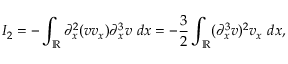
I _ { 2 } = - \int _ { \mathbb R } \partial _ { x } ^ { 2 } ( v v _ { x } ) \partial _ { x } ^ { 3 } v \ d x = - \frac { 3 } { 2 } \int _ { \mathbb R } ( \partial _ { x } ^ { 3 } v ) ^ { 2 } v _ { x } \ d x ,